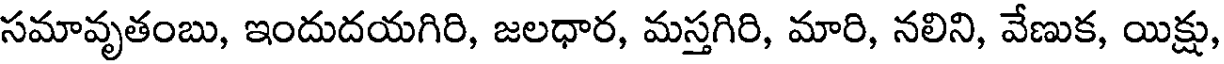
సమావృతంబు, ఇందుదయగిరి, జలధార, మస్తగిరి, మారి, నలిని, వేణుక, యిక్షు,